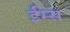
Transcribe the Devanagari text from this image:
ईम्स